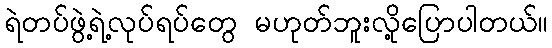
ရဲတပ်ဖွဲ့ရဲ့လုပ်ရပ်တွေ မဟုတ်ဘူးလို့ပြောပါတယ်။